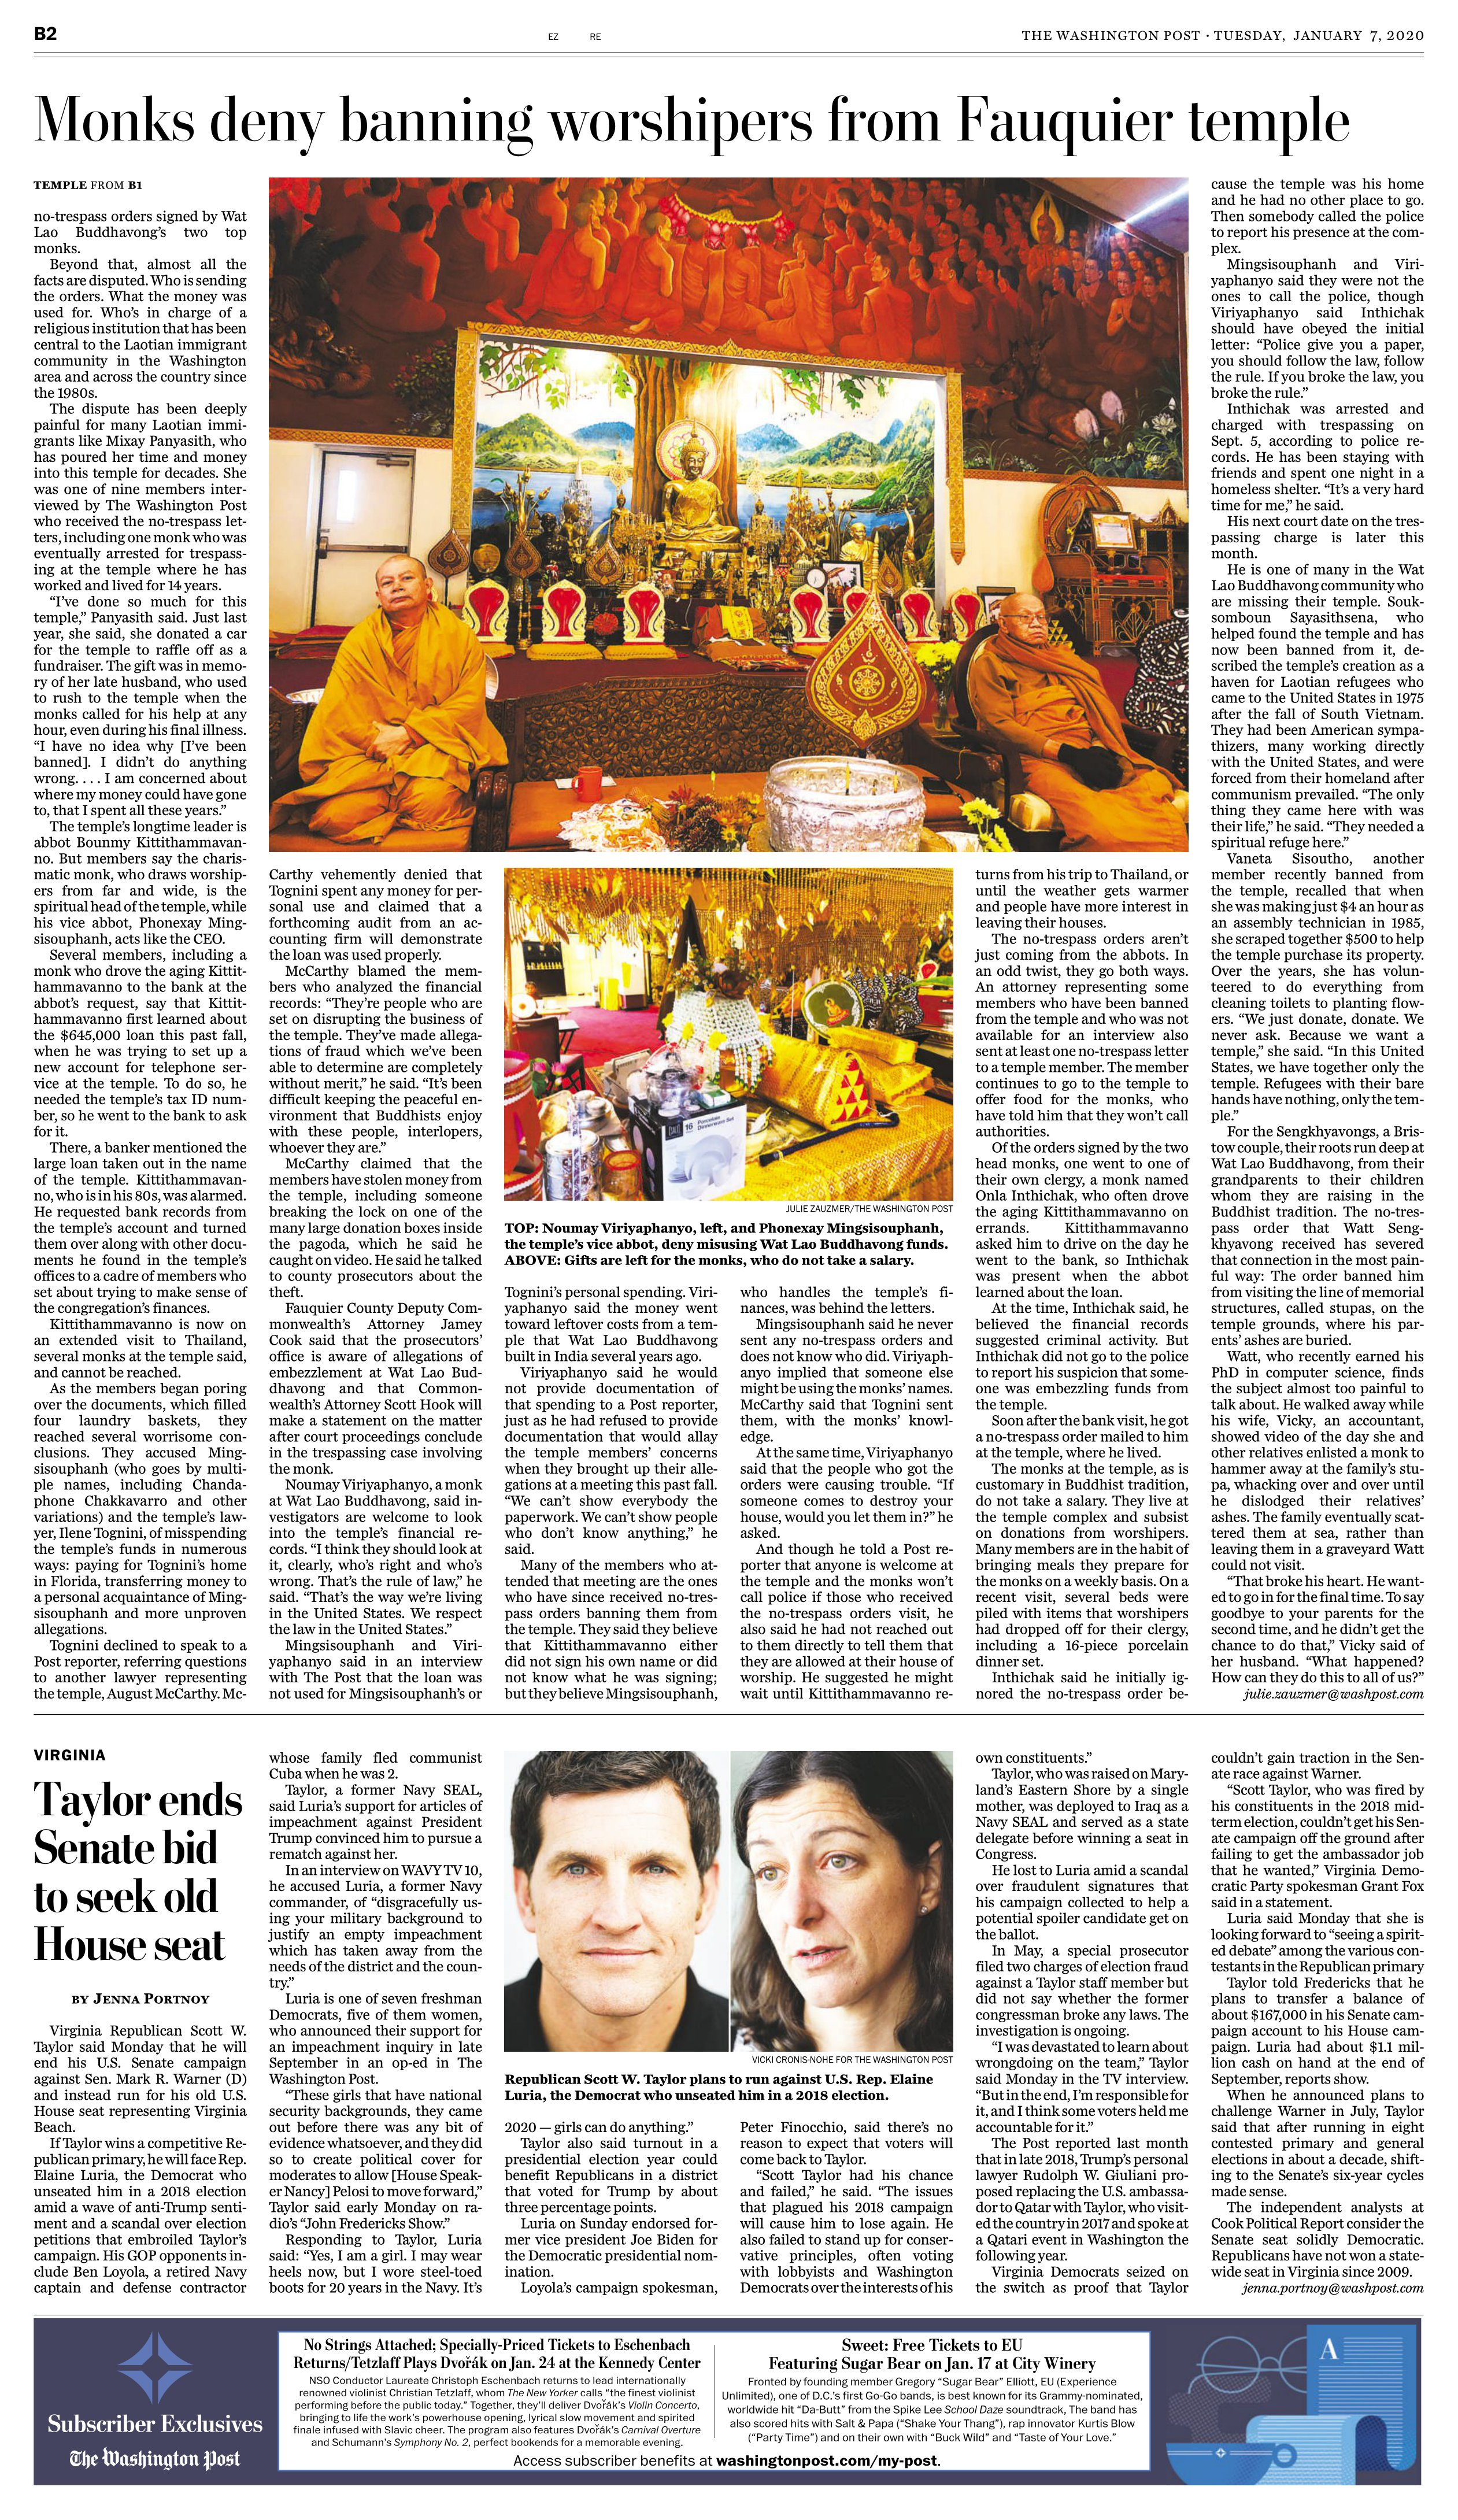
Language: en